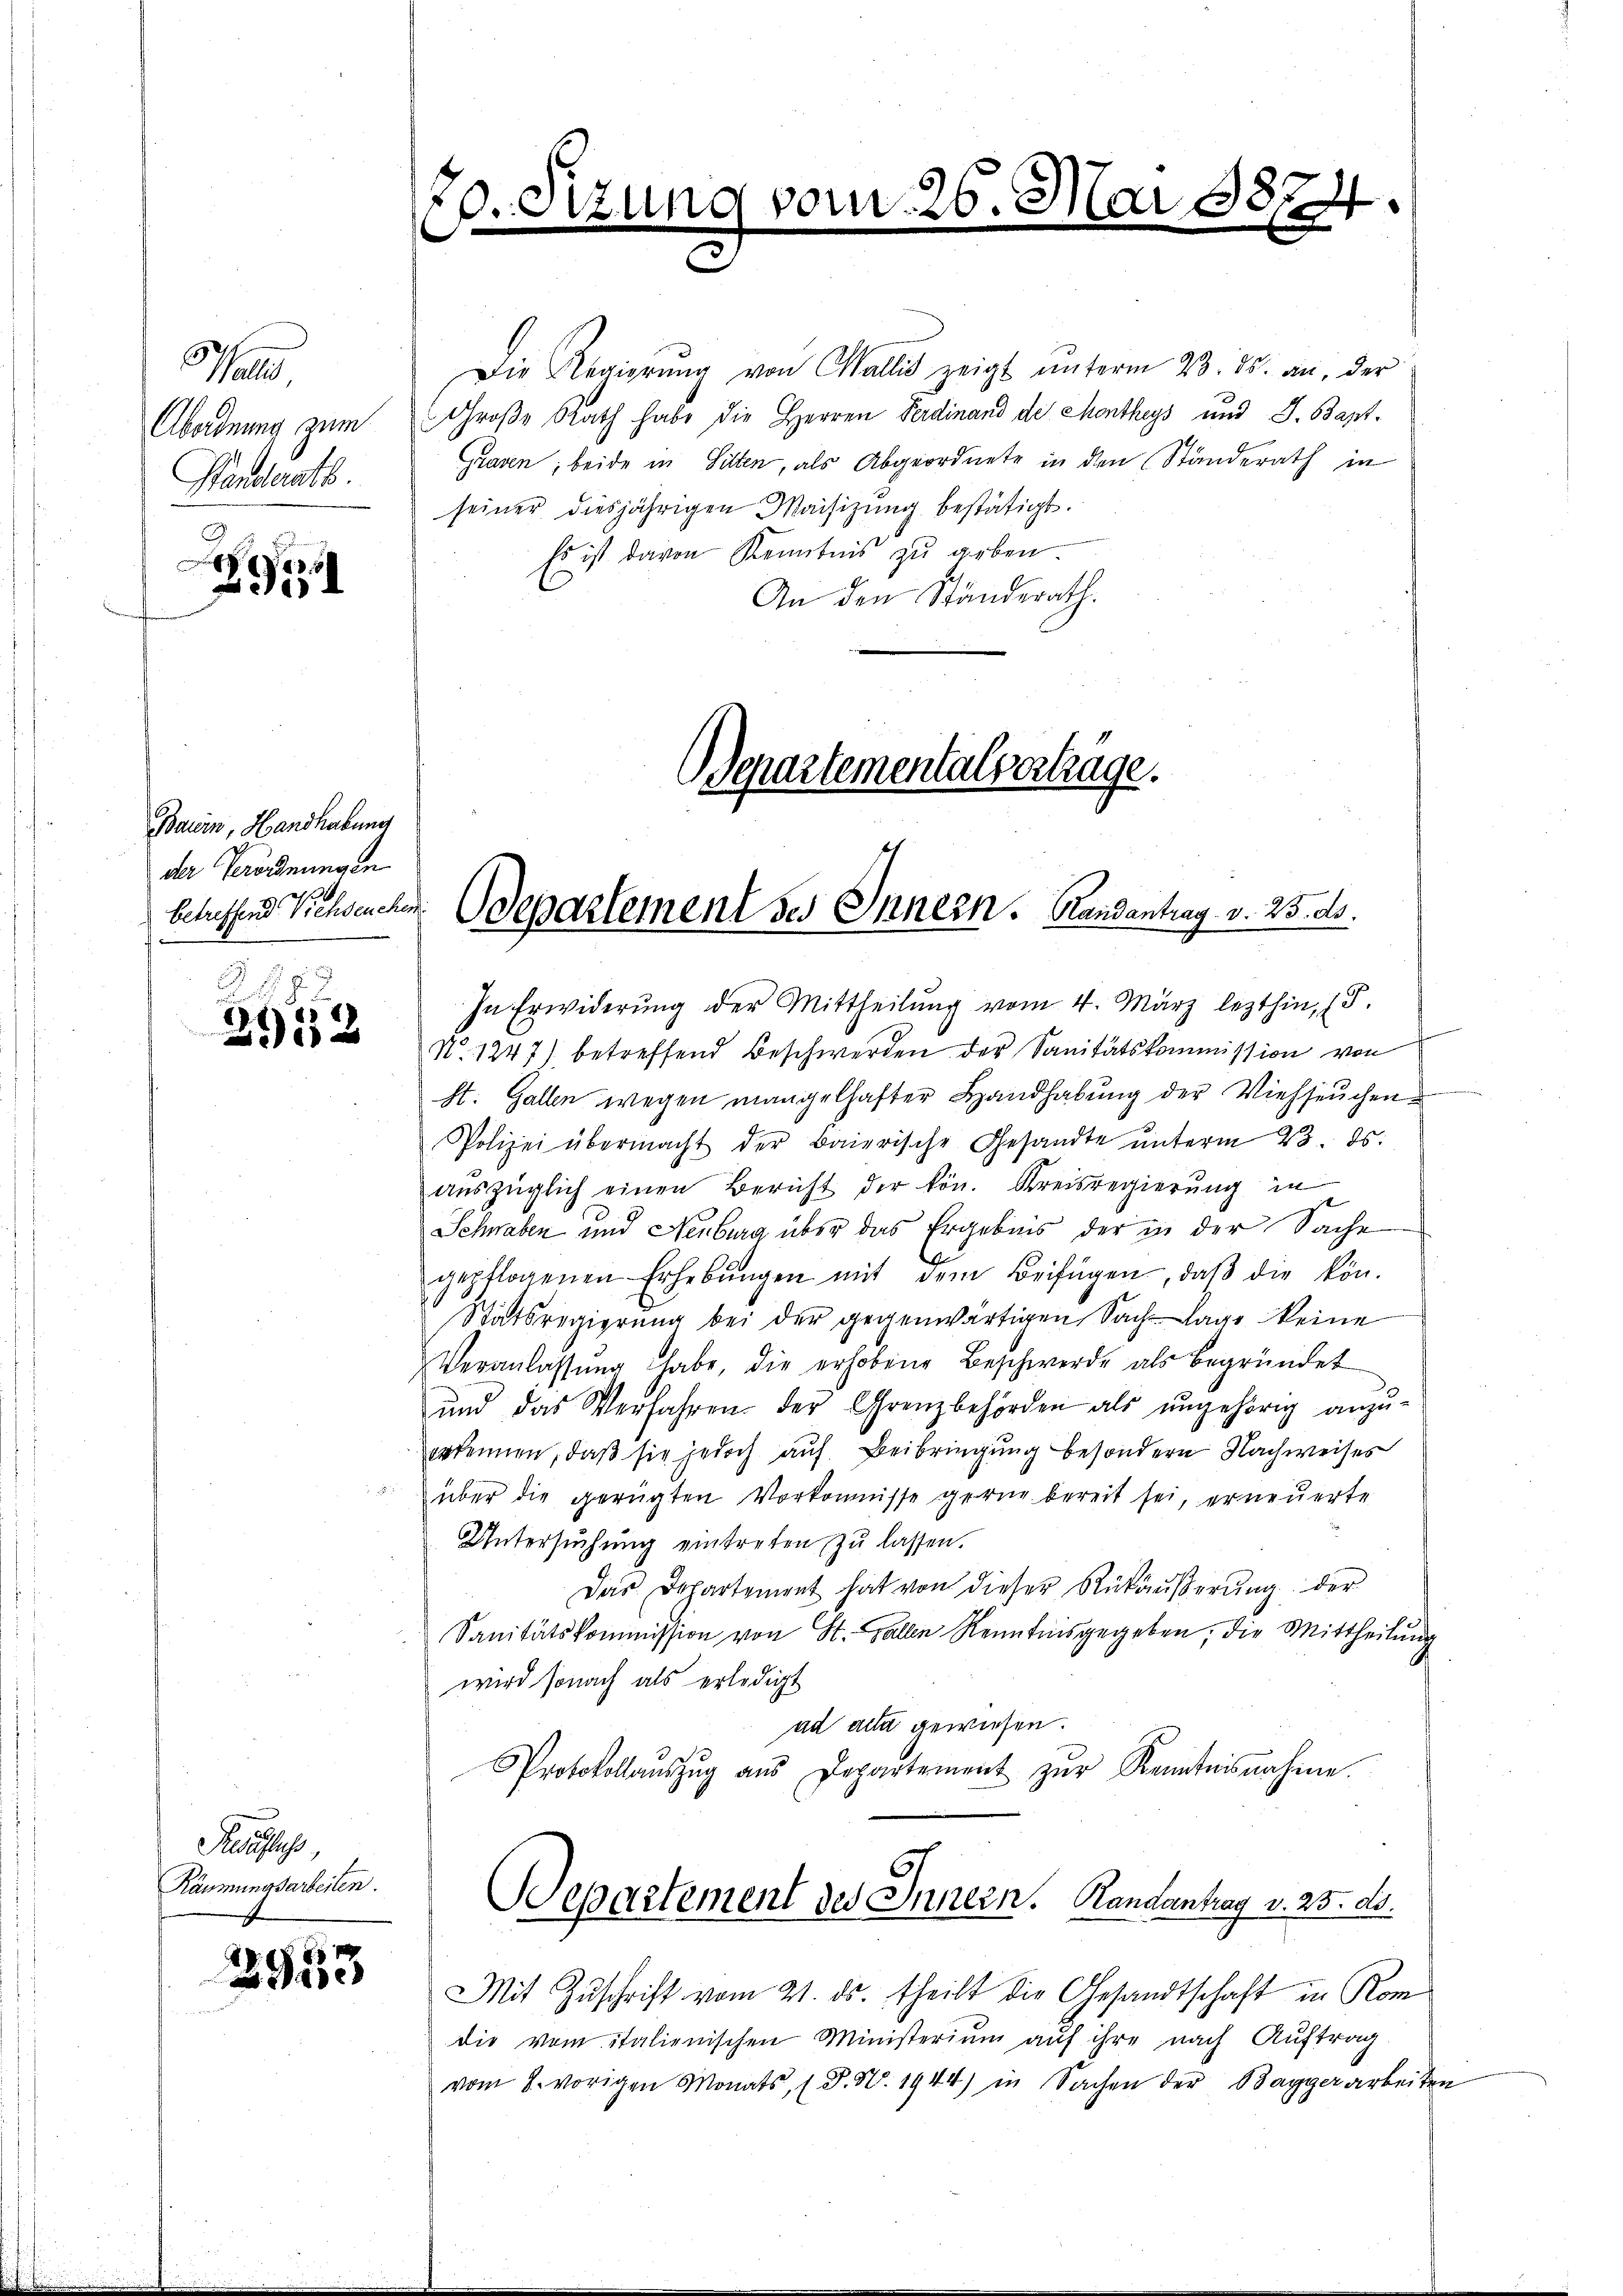
Pa
Abordnung zum
Handerath

21

Bauin, Handhabung
der Verordnungen
betreffend Viehseuchen

.
18
 x

Reufuss,
Räumungsarbeiten.

2933

Die Regierŭng von Wallis zeigt ŭnterm 23. ds. an, der
Große Rath habe die Herren Ferdinand de Montheys und J. Bapt¬
Grasen; beide in Sitten, als Abgeordnete in den Ständerath in
seiner diesjährigen Maisizung bestätigt.
Es ist davon Kenntnis zu arben
An den Ständerath.
Separtementalverträge.

20. Sitzun

In Erwiderung der Mittheilung vom 4. März lezthin, 18.

vom 26

No. 1247) betreffend Beschwerden der Sanitätskommission von
st. Gallen wegen mangelhafter Handhabung der Viehseuchen
Polizei übermacht der Baierische Gesandte ŭnterm 23. ds.
auszüglich einen Bericht der kön. Kreisregierung in
Schwaben und Neuburg über das Ergebnis der in der Sache
gepflogenen Erhebŭngen mit dem Beifügen, daβ die kön-
Stätsregierung bei der gegenwärtigen Sachlage keine
Veranlassŭng habe, die erhobene Beschwerde als begründet
ŭnd das Verfahren. der Grenzbehörden als ŭngehörig anzu-
erkennen, daß sie jedoch auf Beibringung besondern Nachweises
über die gerügten Vorkomnisse gerne bereit sei, erneuerte
Untersuchung eintreten zu lassen.
Das Departement hat von dieser Rückäußerung der
Sanitätskommission von St. Gallen Renntnisgegeben, die Mittheilŭng
wird sonach als erledigt
ad acta gewiesen.
Protokollaŭszŭg aŭs Departement zŭr Kenntnisnahme.

Odepartement ses Innern. Handantrag v. 25. ds.

Departement des Innern. Randantrag v. 25. ds.

Mit Zŭschrift vom 21. ds. theilt die Gesandtschaft in Kom
die vom italienischen Ministerium auf ihre nach Auftrag.
vom 8. vorigen Monats, P. Nr. 1944) in Sachen der Bagger arbeiten